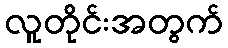
လူတိုင်းအတွက်